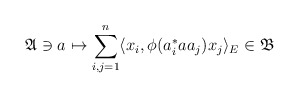
\begin{align*} \mathfrak A \ni a \mapsto \sum_{i,j=1}^n \langle x_i, \phi(a^\ast_i a a_j) x_j \rangle_E \in \mathfrak B \end{align*}